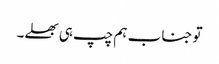
تو جناب ہم چپ ہی بھلے۔